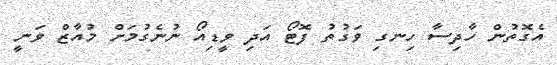
އެގޮތުން ހާދިސާ ހިނގި ވަގުތު ފޮޓޯ އަދި ވީޑިއޯ ނުނެގުމަށް މުއާޒް ވަނީ